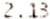
2.13